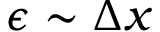
\epsilon \sim \Delta x